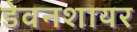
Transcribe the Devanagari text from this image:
डेवनशायर